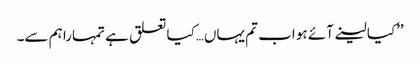
’’کیا لینے آئے ہو اب تم یہاں…کیا تعلق ہے تمہارا ہم سے۔